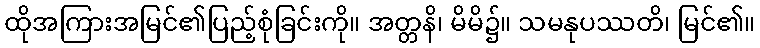
ထိုအကြားအမြင်၏ပြည့်စုံခြင်းကို။ အတ္တနိ၊ မိမိ၌။ သမနုပဿတိ၊ မြင်၏။